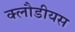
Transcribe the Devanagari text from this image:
क्लौडीयस